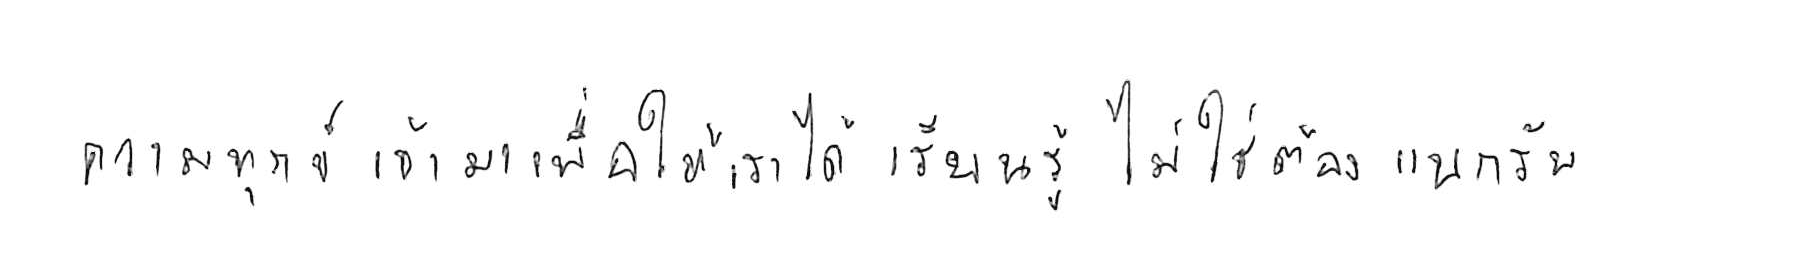
ความทุกข์ เข้ามาเพื่อให้เราได้ เรียนรู้ ไม่ใช่ต้อง แบกรับ